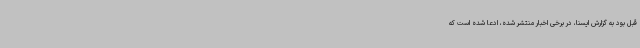
قبل بود به گزارش ایسنا، در برخی اخبار منتشر شده، ادعا شده است که